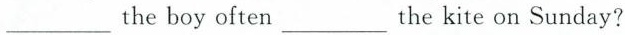
___ the boy often ___ the kite on Sunday?